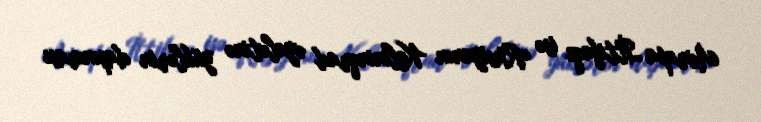
Avropa İttifaqı isə Rusiyanın Kalininqrad əyalətinə yüklərin daşınması